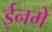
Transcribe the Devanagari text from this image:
ईनमे